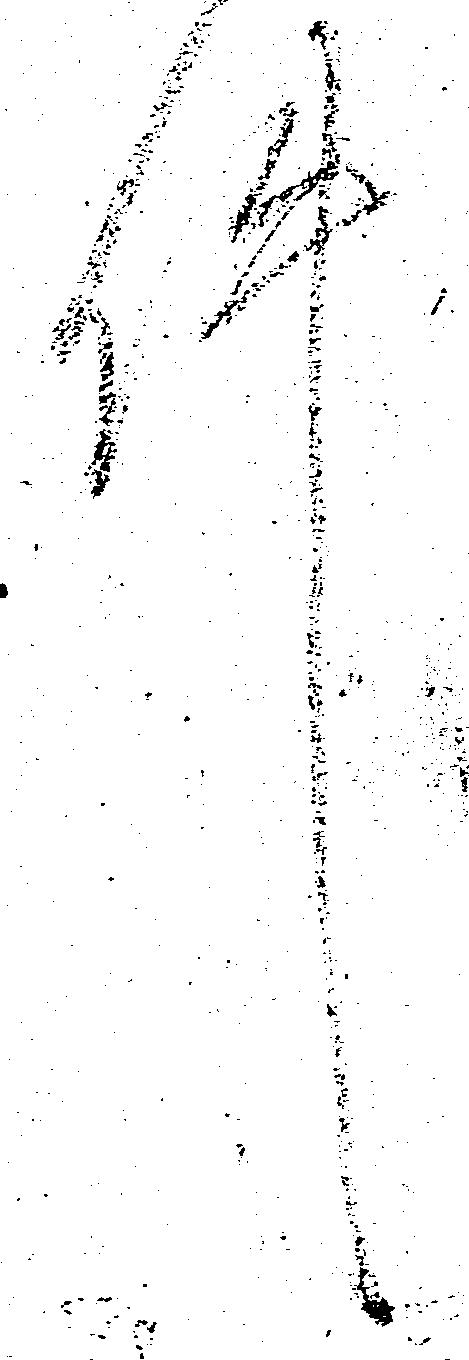
件